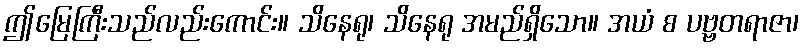
ဤမြေကြီးသည်လည်းကောင်း။ သိနေရု၊ သိနေရု အမည်ရှိသော။ အယံ စ ပဗ္ဗတရာဇာ၊